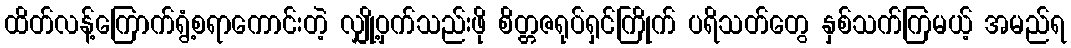
ထိတ်လန့်ကြောက်ရွံ့စရာကောင်းတဲ့ လျှို့ဝှက်သည်းဖို စိတ္တဇရုပ်ရှင်ကြိုက် ပရိသတ်တွေ နှစ်သက်ကြမယ့် အမည်ရ